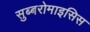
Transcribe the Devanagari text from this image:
सुब्बरोमाइसिस